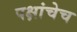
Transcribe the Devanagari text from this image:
पक्षांचेच